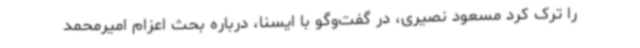
را ترک کرد مسعود نصیری، در گفت‌وگو با ایسنا، درباره بحث اعزام امیرمحمد